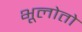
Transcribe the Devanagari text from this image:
भूलोतो